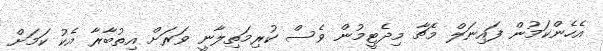
އެހެންކަމުން ފައިނަލް މެޗާ މިދެޓީމުން ވެސް ކުރިމަތިލާނީ ވަރަށް އިތުބާރާ އެކު ކަމަށް